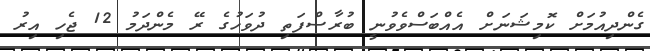
ގެންދިއުމަށް ކޮމިޝަނަށް އެއްބަސްވެވުނީ ބުރާސްފަތި ދުވަހުގެ ރޭ މެންދަމު 12 ޖެހި އިރު